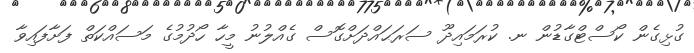
ގުޅިގެން ކޯސްޓްގާޑުން ނ. ކުރަމައިދޫ ސަރަޙައްދަށްގޮސް ގެއްލުނު މީހާ ހޯދުމުގެ މަސައްކަތް ފަށާފައިވާ